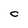
Character: C